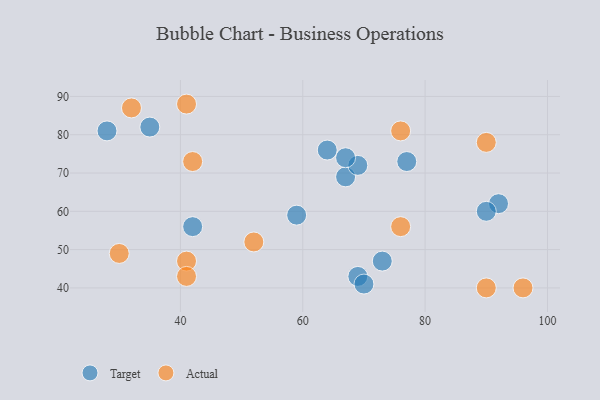
{"axis": {"x": "GDP", "y": "Life Expectancy"}, "legend": ["Actual", "Target"], "data": [{"x": "73", "y": 47, "type": "Target"}, {"x": "77", "y": 73, "type": "Target"}, {"x": "69", "y": 43, "type": "Target"}, {"x": "70", "y": 41, "type": "Target"}, {"x": "67", "y": 69, "type": "Target"}, {"x": "28", "y": 81, "type": "Target"}, {"x": "59", "y": 59, "type": "Target"}, {"x": "92", "y": 62, "type": "Target"}, {"x": "90", "y": 60, "type": "Target"}, {"x": "69", "y": 72, "type": "Target"}, {"x": "67", "y": 74, "type": "Target"}, {"x": "64", "y": 76, "type": "Target"}, {"x": "35", "y": 82, "type": "Target"}, {"x": "42", "y": 56, "type": "Target"}, {"x": "42", "y": 73, "type": "Actual"}, {"x": "41", "y": 88, "type": "Actual"}, {"x": "41", "y": 47, "type": "Actual"}, {"x": "76", "y": 81, "type": "Actual"}, {"x": "30", "y": 49, "type": "Actual"}, {"x": "32", "y": 87, "type": "Actual"}, {"x": "52", "y": 52, "type": "Actual"}, {"x": "96", "y": 40, "type": "Actual"}, {"x": "76", "y": 56, "type": "Actual"}, {"x": "90", "y": 78, "type": "Actual"}, {"x": "90", "y": 40, "type": "Actual"}, {"x": "41", "y": 43, "type": "Actual"}]}